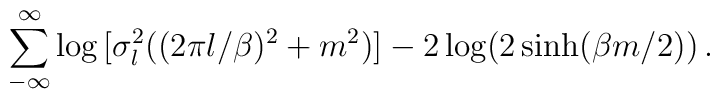
\sum_{-\infty}^\infty \log \big[\sigma_l^2 \big((2 \pi l / \beta)^2 + m^2 \big)\big]- 2 \log (2\sinh(\beta m/2))\,.